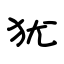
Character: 犹